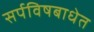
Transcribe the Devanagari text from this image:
सर्पविषबाधेत